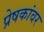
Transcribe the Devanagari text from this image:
प्रेषकांवर